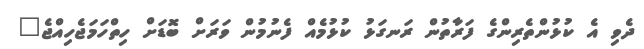
ދެވި އެ ކުޅުންތެރިންގެ ފަރާތުން ރަނގަޅު ކުޅުމެއް ފެނުމުން ވަރަށް ބޮޑަށް ހިތްހަމަޖެހިއްޖެ"